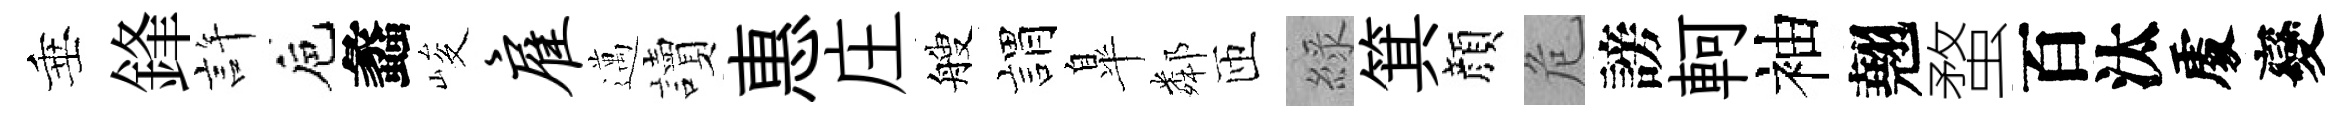
垂鋒許巵蠡峻雇邁讀惠庄艘娟臯鄰匝綠箕顔危謗軻袖翹蝥百汰𠁅變